Annual statistical returns and brief notes on vaccination in Bengal - 1896-1909
Year: 1896
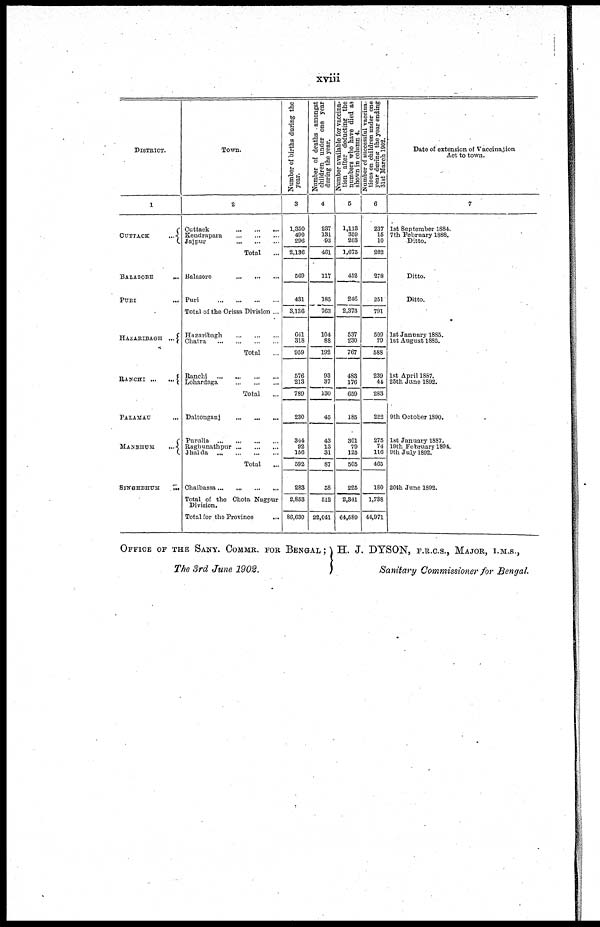
xviii
DISTRICT.
1
CUTTACK
...
BALASORE
...
PURI ...
HAZARIBAGH ...
RANCHI
...
...
PALAMAU ...
MANBHUM
...
SINGHBHUM
...
Town.
2
Cuttack
...
...
...
Kendrapara
...
...
...
Jaipur
...
...
...
Total ...
Balasore
...
...
...
Puri
...
...
...
...
Total of the Orissa Division ...
Hazaribagh
...
...
...
Chatra
...
...
...
...
Total ...
Ranchi
...
...
...
...
Lohardaga
...
...
...
Total ...
Daltonganj
...
...
...
Purulia
...
...
...
...
Raghunathpur ... ... ...
Jhalda
...
...
...
...
Total ...
Chaibassa ... ... ... ...
Total of the Chota Nagpur
Division.
Total for the Province
.,.
Number of births during the
year.
3
1,350
490
296
2,136
569
431
3,136
641
318
959
576
213
789
230
344
92
156
592
283
2,853
86,630
Number of deaths amongst
children under one year
during the year.
4
237
131
93
461
117
185
763
104
88
192
93
37
130
45
43
13
31
87
58
512
22,041
Number available for vaccina-
tion after deducting the
numbers who have died as
shown in column 4.
5
1,113
359
203
1,675
452
246
2,373
537
230
767
483
176
659
185
301
79
125
505
225
2,341
64,589
Number of successful vaccina-
tions on children under one
year during the year ending
31st March 1902.
6
237
16
10
262
278
251
791
509
79
588
239
44
283
222
275
74
116
465
180
1,738
44,971
Date of extension of Vaccination
Act to town.
7
1st September 1884.
7th February 1888.
Ditto.
Ditto.
Ditto.
1st January 1885.
1st August 1885.
1st April 1887.
25th June 1892.
9th October 1890.
1st January 1887.
19th February 1894.
9th July 1892.
20th June 1892.
OFFICE OF THE SANY. COMMR. FOR BENGAL ;
The 3rd June 1902.
H. J. DYSON, F.R.C.S., MAJOR, I.M.S.,
Sanitary Commissioner for Bengal.